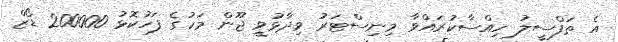
އެ ތަފްސީލު ހިއްސާކުރައްވާ މިނިސްޓަރު ވިދާޅުވީ ޖޫން މަހުގެ ފަހުކޮޅު 200000 ޑޯޒް